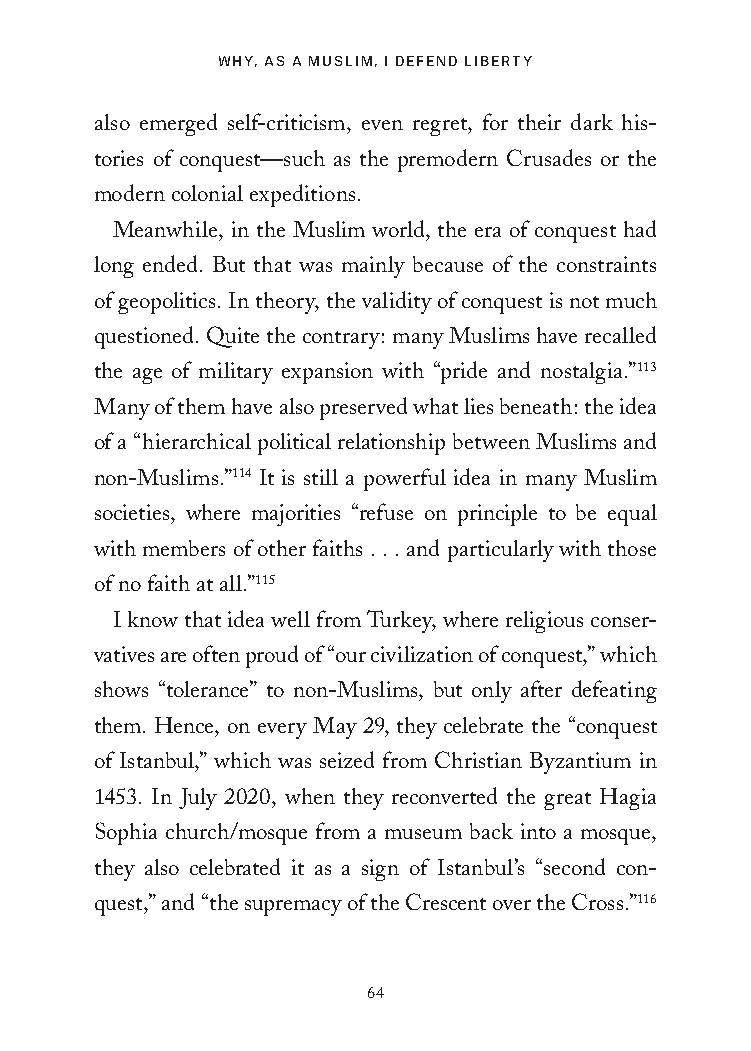
WHY, AS A MUSLIM, I DEFEND LIBERTY
 also emerged self-criticism, even regret, for their dark his-
 tories of conquest—such as the premodern Crusades or the
 modern colonial expeditions.
 Meanwhile, in the Muslim world, the era of conquest had
 long ended. But that was mainly because of the constraints
 of geopolitics. In theory, the validity of conquest is not much
 questioned. Quite the contrary: many Muslims have recalled
 the age of military expansion with “pride and nostalgia.”113
 Many of them have also preserved what lies beneath: the idea
 of a “hierarchical political relationship between Muslims and
 non-Muslims.”114 It is still a powerful idea in many Muslim
 societies, where majorities “refuse on principle to be equal
 with members of other faiths . . . and particularly with those
 of no faith at all.”115
 I know that idea well from Turkey, where religious conser-
 vatives are often proud of “our civilization of conquest,” which
 shows “tolerance” to non-Muslims, but only after defeating
 them. Hence, on every May 29, they celebrate the “conquest
 of Istanbul,” which was seized from Christian Byzantium in
 1453. In July 2020, when they reconverted the great Hagia
 Sophia church/mosque from a museum back into a mosque,
 they also celebrated it as a sign of Istanbul’s “second con-
 quest,” and “the supremacy of the Crescent over the Cross.”116
 64
 25320_Ch04.indd 64                      24/06/2021 9:08 AM